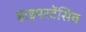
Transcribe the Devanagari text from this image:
हाइपरटेंसिव